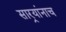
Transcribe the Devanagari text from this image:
सार्‍यांनाच